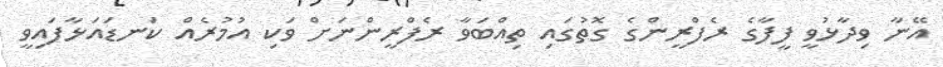
އޭނާ ވިދާޅުވީ ފީފާގެ ރެފްރީންގެ ގޮތުގައި ތިއްބަވާ ރެފްރީންނަށް ވަކި އުމުރެއް ކަނޑައަޅާފައިވީ